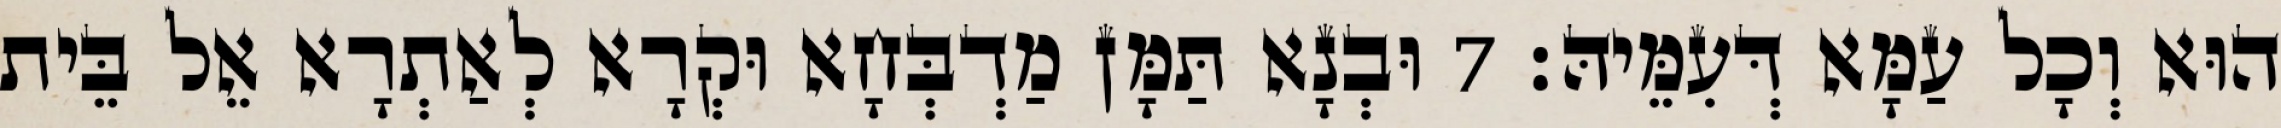
הוּא וְכָל עַמָּא דְּעִמֵּיהּ׃ 7 וּבְנָא תַּמָּן מַדְבְּחָא וּקְרָא לְאַתְרָא אֵל בֵּית